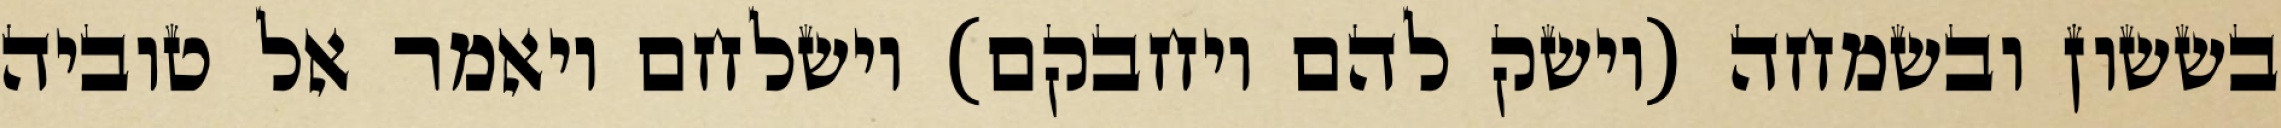
בששון ובשמחה (וישק להם ויחבקם) וישלחם ויאמר אל טוביה